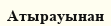
Атырауынан